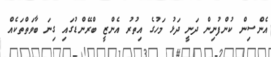
އެންސިން ކުންފުނިން ދަނީ ދަޅު މަހުގެ އިތުރު އެންޒީ ބްރޭންޑުގައި ގިނަ ބާވަތްތަކެއް